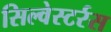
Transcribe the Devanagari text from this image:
सिल्वेस्टर्रस